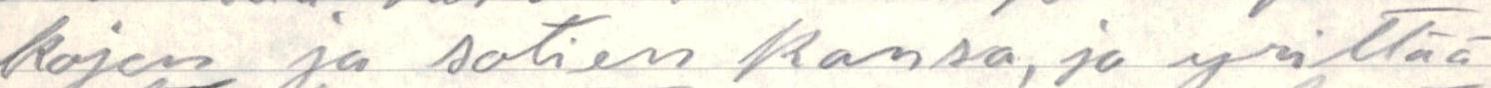
kojen ja sotien kansa, ja yrittää